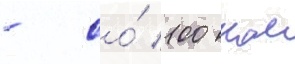
- со́ 100 км